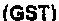
(GST)